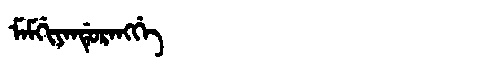
Manchu: ᠮᠠᠮᡤᡳᠶᠠᠨᡩᡠᡵᠠᠩᡤᡝ
Romanization: MAMGIYANDURANGGE